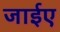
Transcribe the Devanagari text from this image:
जाईए